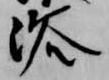
浴